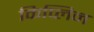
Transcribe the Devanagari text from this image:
किप्लिन